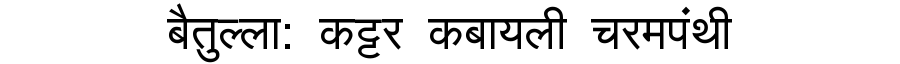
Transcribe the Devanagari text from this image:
बैतुल्ला: कट्टर कबायली चरमपंथी